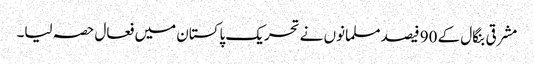
مشرقی بنگال کے 90 فیصد مسلمانوں نے تحریک پاکستان میں فعال حصہ لیا۔